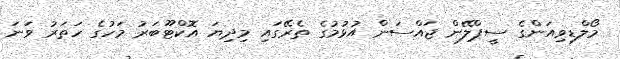
މޯލްޑިވިއަންގެ ސީޕްލޭން ޖައްސަން އުޅުމުގެ ތެރޭގައި މިދިޔަ އޮކްޓޫބަރު މަހުގެ ހަތަރު ވަނަ